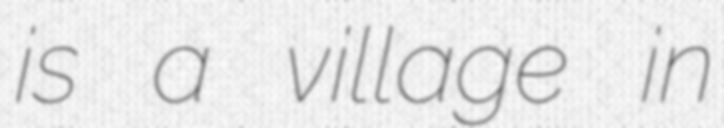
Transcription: is a village in